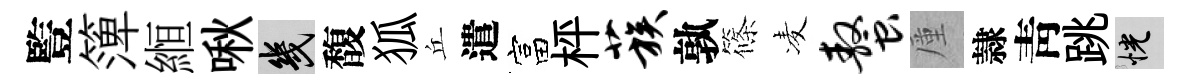
䜿𥱼縆啾幾馥狐丘遣富枰蔟孰篠凌螯厪隷靑跳恍